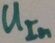
Text: UIn